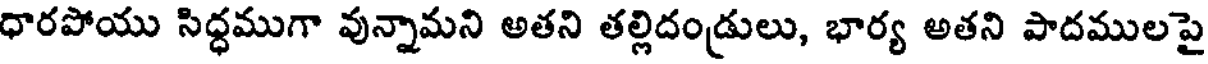
ధారపోయు సిద్ధముగా వున్నామని అతని తల్లిదండ్రులు, భార్య అతని పాదములపై